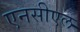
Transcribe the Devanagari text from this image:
एनसीएल